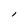
Character: l